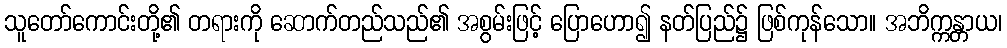
သူတော်ကောင်းတို့၏ တရားကို ဆောက်တည်သည်၏ အစွမ်းဖြင့် ပြောဟော၍ နတ်ပြည်၌ ဖြစ်ကုန်သော။ အဘိက္ကန္တာယ၊